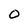
Character: O